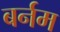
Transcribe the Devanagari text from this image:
बर्नम